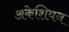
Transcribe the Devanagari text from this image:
अकेशियन